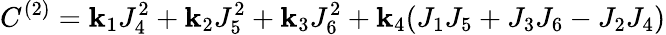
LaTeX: C^{(2)}=\mathbf{k}_{1}J_{4}^{2}+\mathbf{k}_{2}J_{5}^{2}+\mathbf{k}_{3}J_{6}^{2}+\mathbf{k}_{4}(J_{1}J_{5}+J_{3}J_{6}-J_{2}J_{4})